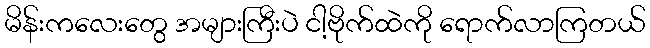
မိန်းကလေးတွေ အများကြီးပဲ ငါ့ဗိုက်ထဲကို ရောက်လာကြတယ်